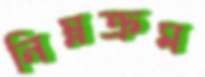
নিম্নক্রম